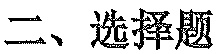
二、选择题